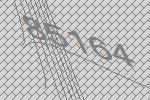
85164